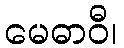
မေဓာဝီ၊